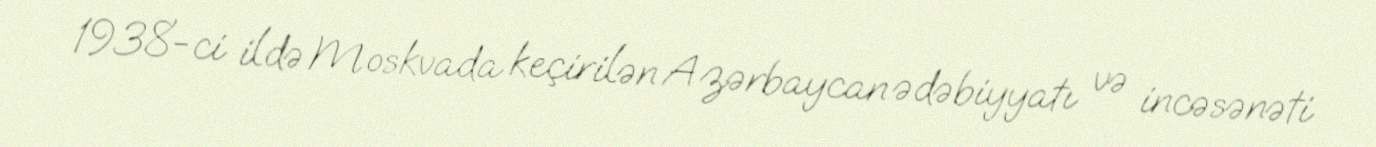
1938-ci ildə Moskvada keçirilən Azərbaycan ədəbiyyatı və incəsənəti